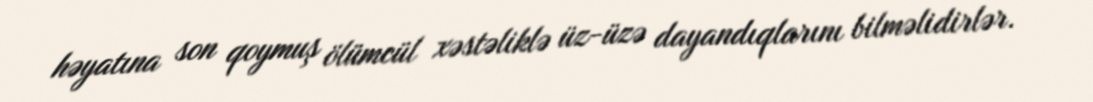
həyatına son qoymuş ölümcül xəstəliklə üz-üzə dayandıqlarını bilməlidirlər.